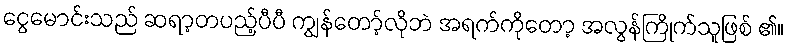
ငွေမောင်းသည် ဆရာ့တပည့်ပီပီ ကျွန်တော့်လိုဘဲ အရက်ကိုတော့ အလွန်ကြိုက်သူဖြစ် ၏။